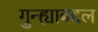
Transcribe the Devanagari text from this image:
गुन्ह्याबद्दल